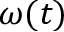
\omega ( t )